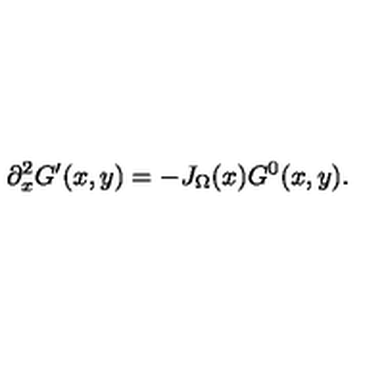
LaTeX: \partial _ { x } ^ { 2 } G ^ { \prime } ( x , y ) = - J _ { \Omega } ( x ) G ^ { 0 } ( x , y ) .